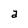
Character: a